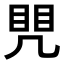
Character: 𭂷